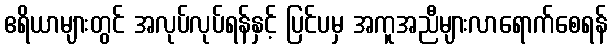
ဧရိယာများတွင် အလုပ်လုပ်ရန်နှင့် ပြင်ပမှ အကူအညီများလာရောက်စေရန်